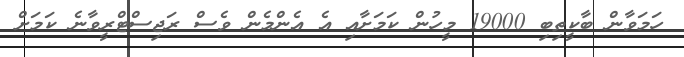
ހަމަވާން ބާކީތިބި 19000 މީހުން ކަމަށާއި އެ އެންމެން ވެސް ރަޖިސްޓްރީވާނެ ކަމަށް